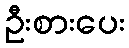
ဦးစားပေး